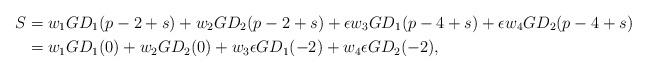
LaTeX: \begin{align*} S&=w_1GD_1(p-2+s)+w_2GD_2(p-2+s)+\epsilon w_3GD_1(p-4+s)+\epsilon w_4GD_2(p-4+s)\\ &=w_1GD_1(0)+w_2GD_2(0)+w_3\epsilon GD_1(-2)+w_4\epsilon GD_2(-2),\end{align*}